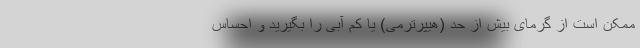
ممکن است از گرمای بیش از حد (هیپرترمی) یا کم آبی را بگیرید و احساس